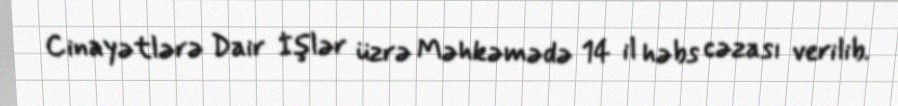
Cinayətlərə Dair İşlər üzrə Məhkəmədə 14 il həbs cəzası verilib.